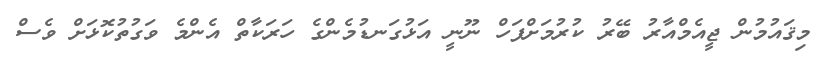
މިޤައުމުން ޖީއެމްއާރު ބޭރު ކުރުމަށްފަހް ނޫނީ އަޅުގަނޑުމެންގެ ހަރަކާތް އެންމެ ވަގުތުކޮޅަށް ވެސް